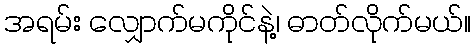
အရမ်း လျှောက်မကိုင်နဲ့၊ ဓာတ်လိုက်မယ်။